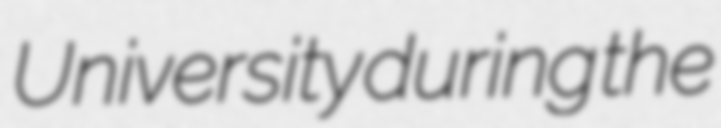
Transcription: University during the